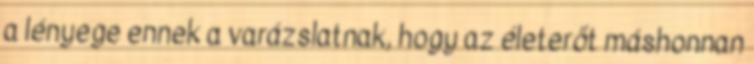
a lényege ennek a varázslatnak, hogy az életerőt máshonnan